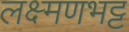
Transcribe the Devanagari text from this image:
लक्ष्मणभट्ट